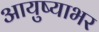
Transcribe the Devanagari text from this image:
आयुष्याभर